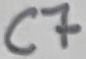
Text: C7